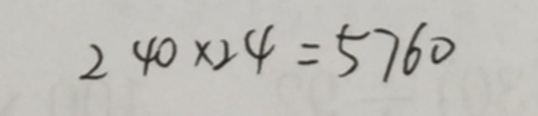
2 4 0 \times 2 4 = 5 7 6 0